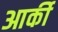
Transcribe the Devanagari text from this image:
आर्की